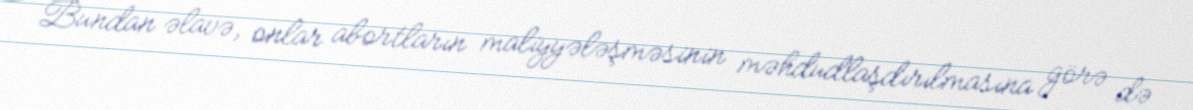
Bundan əlavə, onlar abortların maliyyələşməsinin məhdudlaşdırılmasına görə də